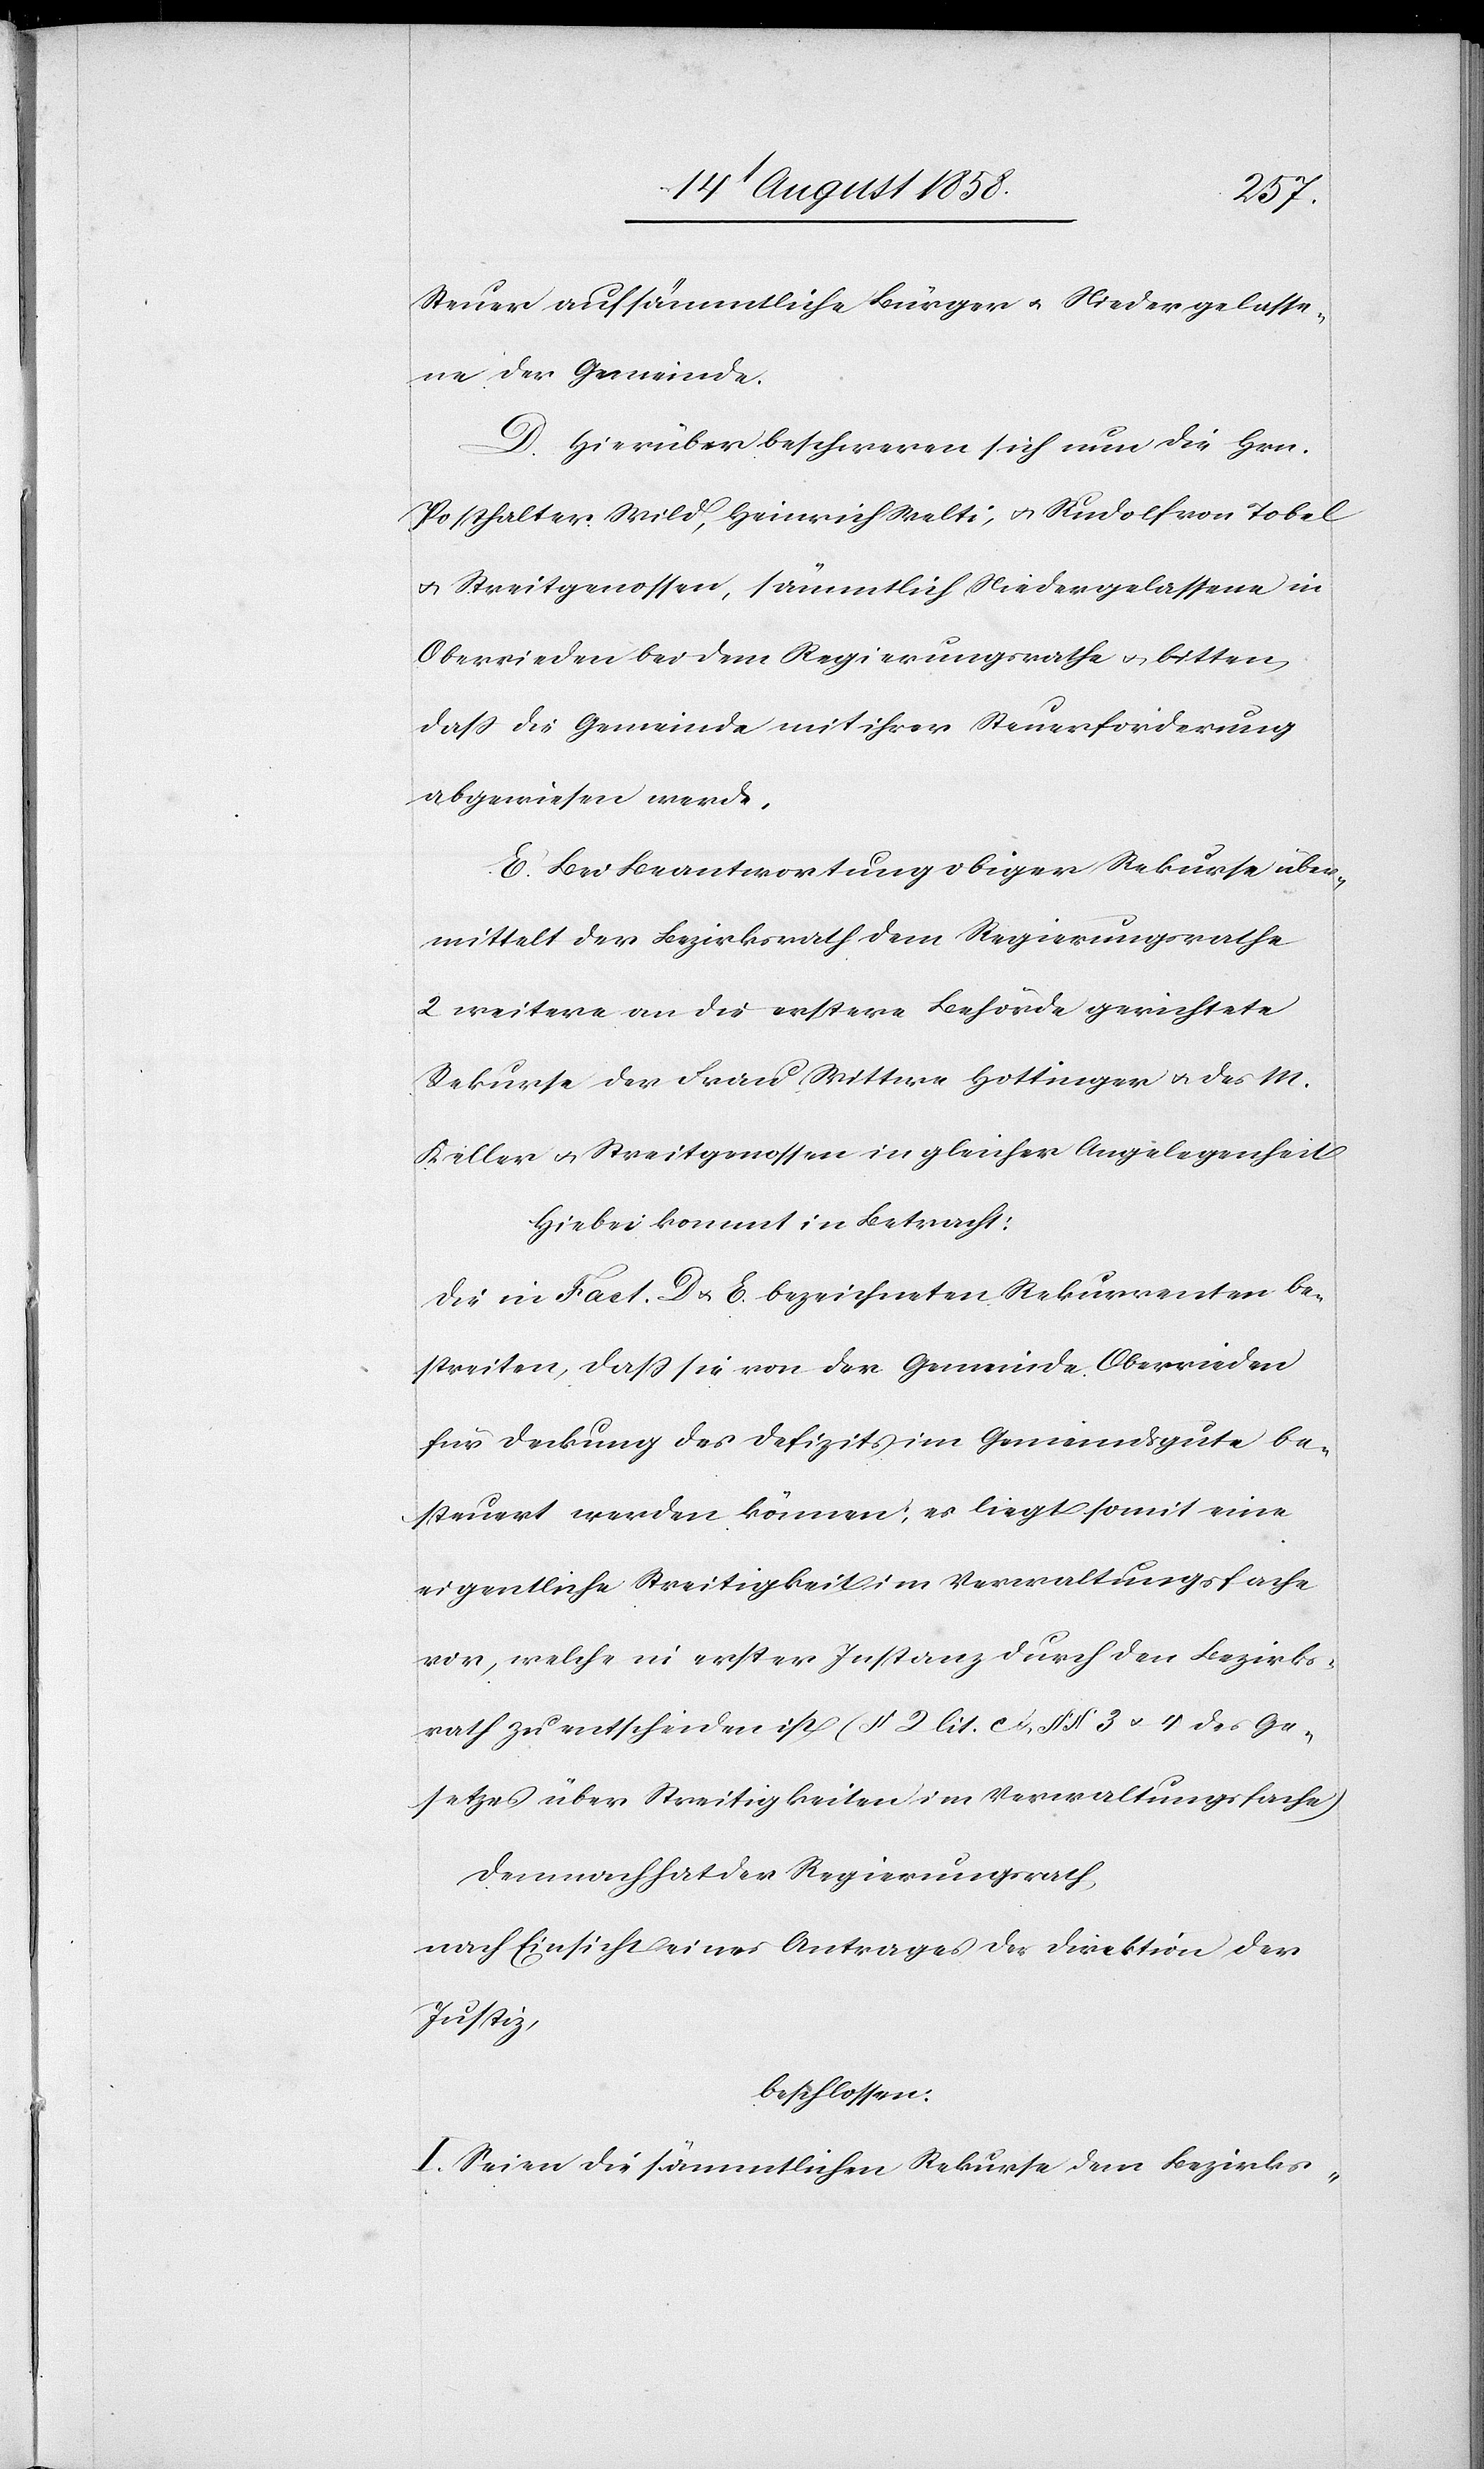
Steuer auf sämmtliche Bürger & Niedergelasse¬
ne der Gemeinde.
D. Hierüber beschweren sich nun die Hrn.
Posthalter Wild, Heinrich Welti, & Rudolf von Tobel
& Streitgenossen, sämmtlich Niedergelassene in
Oberrieden bei dem Regierungsrathe & bitten,
dass die Gemeinde mit ihrer Steuerforderung
abgewiesen werde.
E. Bei Beantwortung obiger Rekurse über¬
mittelt der Bezirksrath dem Regierungsrathe
2 weitere an die erstere Behörde gerichtete
Rekurse der Frau Wittwe Hottinger & des M.
Keller & Streitgenossen in gleicher Angelegenheit
Hiebei kommt in Betracht:
Die in Fact. D & E. bezeichneten Rekurrenten be¬
streiten, dass sie von der Gemeinde Oberrieden
für Deckung des Defizits im Gemeindsgute be¬
steuert werden können; es liegt somit eine
eigentliche Streitigkeit im Verwaltungsfache
vor, welche in erster Instanz durch den Bezirks¬
rath zu entscheiden ist (§ 2 lit. c & §§ 3 & 4 des Ge¬
setzes über Streitigkeiten im Verwaltungsfache)
Demnach hat der Regierungsrath
nach Einsicht eines Antrages der Direktion der
Justiz,
beschlossen:
I. Seien die sämmtlichen Rekurse dem Bezirks-